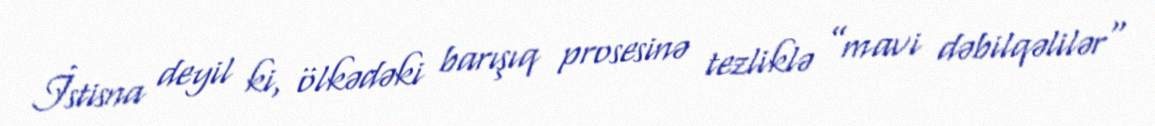
İstisna deyil ki, ölkədəki barışıq prosesinə tezliklə ”mavi dəbilqəlilər"